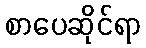
စာပေဆိုင်ရာ